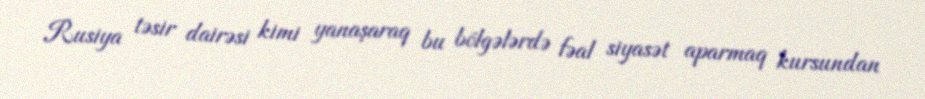
Rusiya təsir dairəsi kimi yanaşaraq bu bölgələrdə fəal siyasət aparmaq kursundan